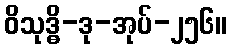
ဝိသုဒ္ဓိ-ဒု-အုပ်-၂၅၆။